Annual report on the Civil Veterinary Department, Burma (including the Insein Veterinary School) - 1932-1941
Year: 1932
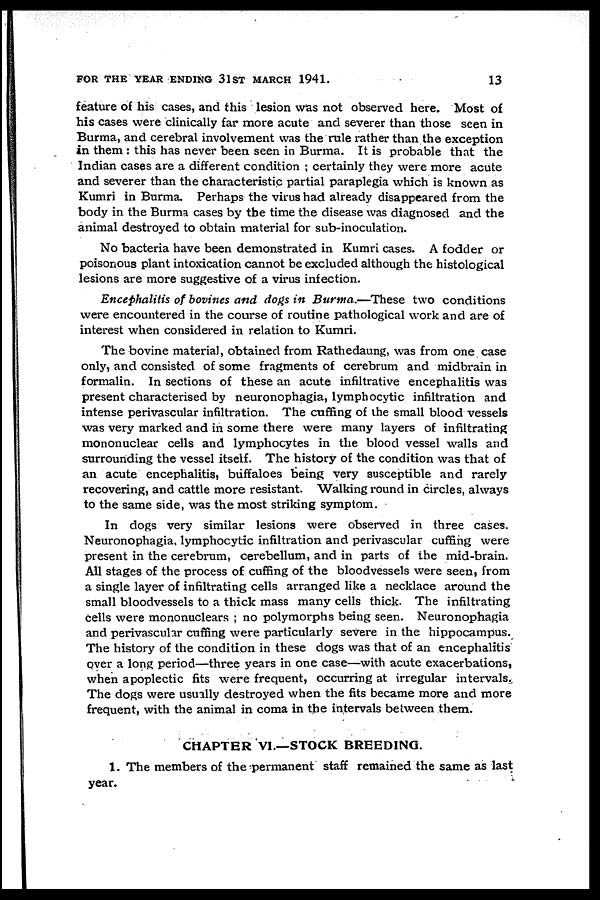
FOR THE YEAR ENDING 31ST MARCH 1941.
13
feature of his cases, and this lesion was not observed here. Most of
his cases were clinically far more acute and severer than those seen in
Burma, and cerebral involvement was the rale rather than the exception
in them : this has never been seen in Burma. It is probable that the
Indian cases are a different condition ; certainly they were more acute
and severer than the characteristic partial paraplegia which is known as
Kumri in Burma. Perhaps the virus had already disappeared from the
body in the Burma cases by the time the disease was diagnosed and the
animal destroyed to obtain material for sub-inoculation.
No bacteria have been demonstrated in Kumri cases. A fodder or
poisonous plant intoxication cannot be excluded although the histological
lesions are more suggestive of a virus infection.
Encephalitis of bovines and dogs in Burma.—These two conditions
were encountered in the course of routine pathological work and are of
interest when considered in relation to Kumri.
The bovine material, obtained from Rathedaung, was from one case
only, and consisted of some fragments of cerebrum and midbrain in
formalin. In sections of these an acute infiltrative encephalitis was
present characterised by neuronophagia, lymphocytic infiltration and
intense perivascular infiltration. The cuffing of the small blood vessels
was very marked and in some there were many layers of infiltrating
mononuclear cells and lymphocytes in the blood vessel walls and
surrounding the vessel itself. The history of the condition was that of
an acute encephalitis, buffaloes being very susceptible and rarely
recovering, and cattle more resistant. Walking round in circles, always
to the same side, was the most striking symptom.
In dogs very similar lesions were observed in three cases.
Neuronophagia, lymphocytic infiltration and perivascular cuffing were
present in the cerebrum, cerebellum, and in parts of the mid-brain.
All stages of the process of cuffing of the bloodvessels were seen, from
a single layer of infiltrating cells arranged like a necklace around the
small bloodvessels to a thick mass many cells thick. The infiltrating
cells were mononuclears ; no polymorphs being seen. Neuronophagia
and perivascular cuffing were particularly severe in the hippocampus.
The history of the condition in these dogs was that of an encephalitis
over a long period—three years in one case—with acute exacerbations,
when apoplectic fits were frequent, occurring at irregular intervals.
The dogs were usually destroyed when the fits became more and more
frequent, with the animal in coma in the intervals between them.
CHAPTER VI.—STOCK BREEDING.
1. The members of the permanent staff remained the same as last
year.